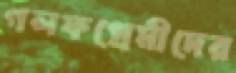
গলফপ্রেমীদের